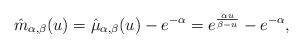
LaTeX: \begin{align*} \displaystyle{\hat{m}_{\alpha,\beta}(u)=\hat{\mu}_{\alpha,\beta}(u)-e^{-\alpha}=e^{\frac{\alpha u}{\beta-u}}-e^{-\alpha}}, \end{align*}